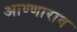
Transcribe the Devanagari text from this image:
आण्णाराव